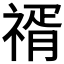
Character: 𥚩